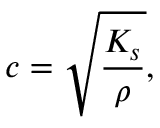
c = { \sqrt { \frac { K _ { s } } { \rho } } } ,